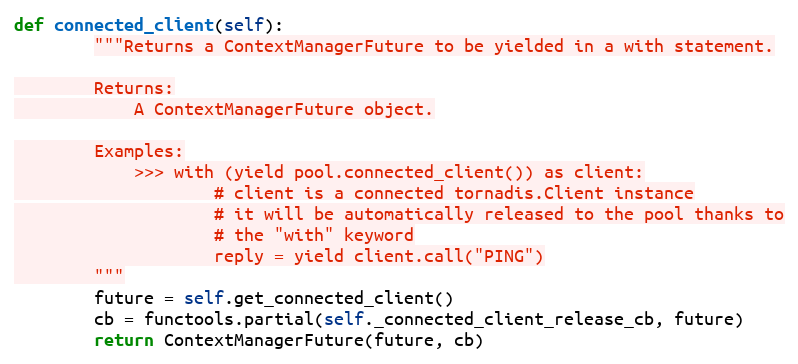
Language: Python
def connected_client(self):
        """Returns a ContextManagerFuture to be yielded in a with statement.

        Returns:
            A ContextManagerFuture object.

        Examples:
            >>> with (yield pool.connected_client()) as client:
                    # client is a connected tornadis.Client instance
                    # it will be automatically released to the pool thanks to
                    # the "with" keyword
                    reply = yield client.call("PING")
        """
        future = self.get_connected_client()
        cb = functools.partial(self._connected_client_release_cb, future)
        return ContextManagerFuture(future, cb)